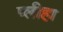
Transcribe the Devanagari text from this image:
प्‍लीहा